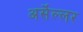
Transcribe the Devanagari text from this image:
अर्सेल्लर